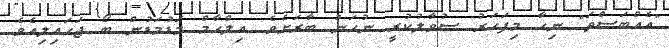
"އެއްބަސްތަ" ނިހާ މިފަހަރު ސުވާލުކުރީ ނުހަނު ބާރަށެވެ. އިލްހާމް މަޑުމަޑުން ބޯ ޖަހައިލިއެވެ.